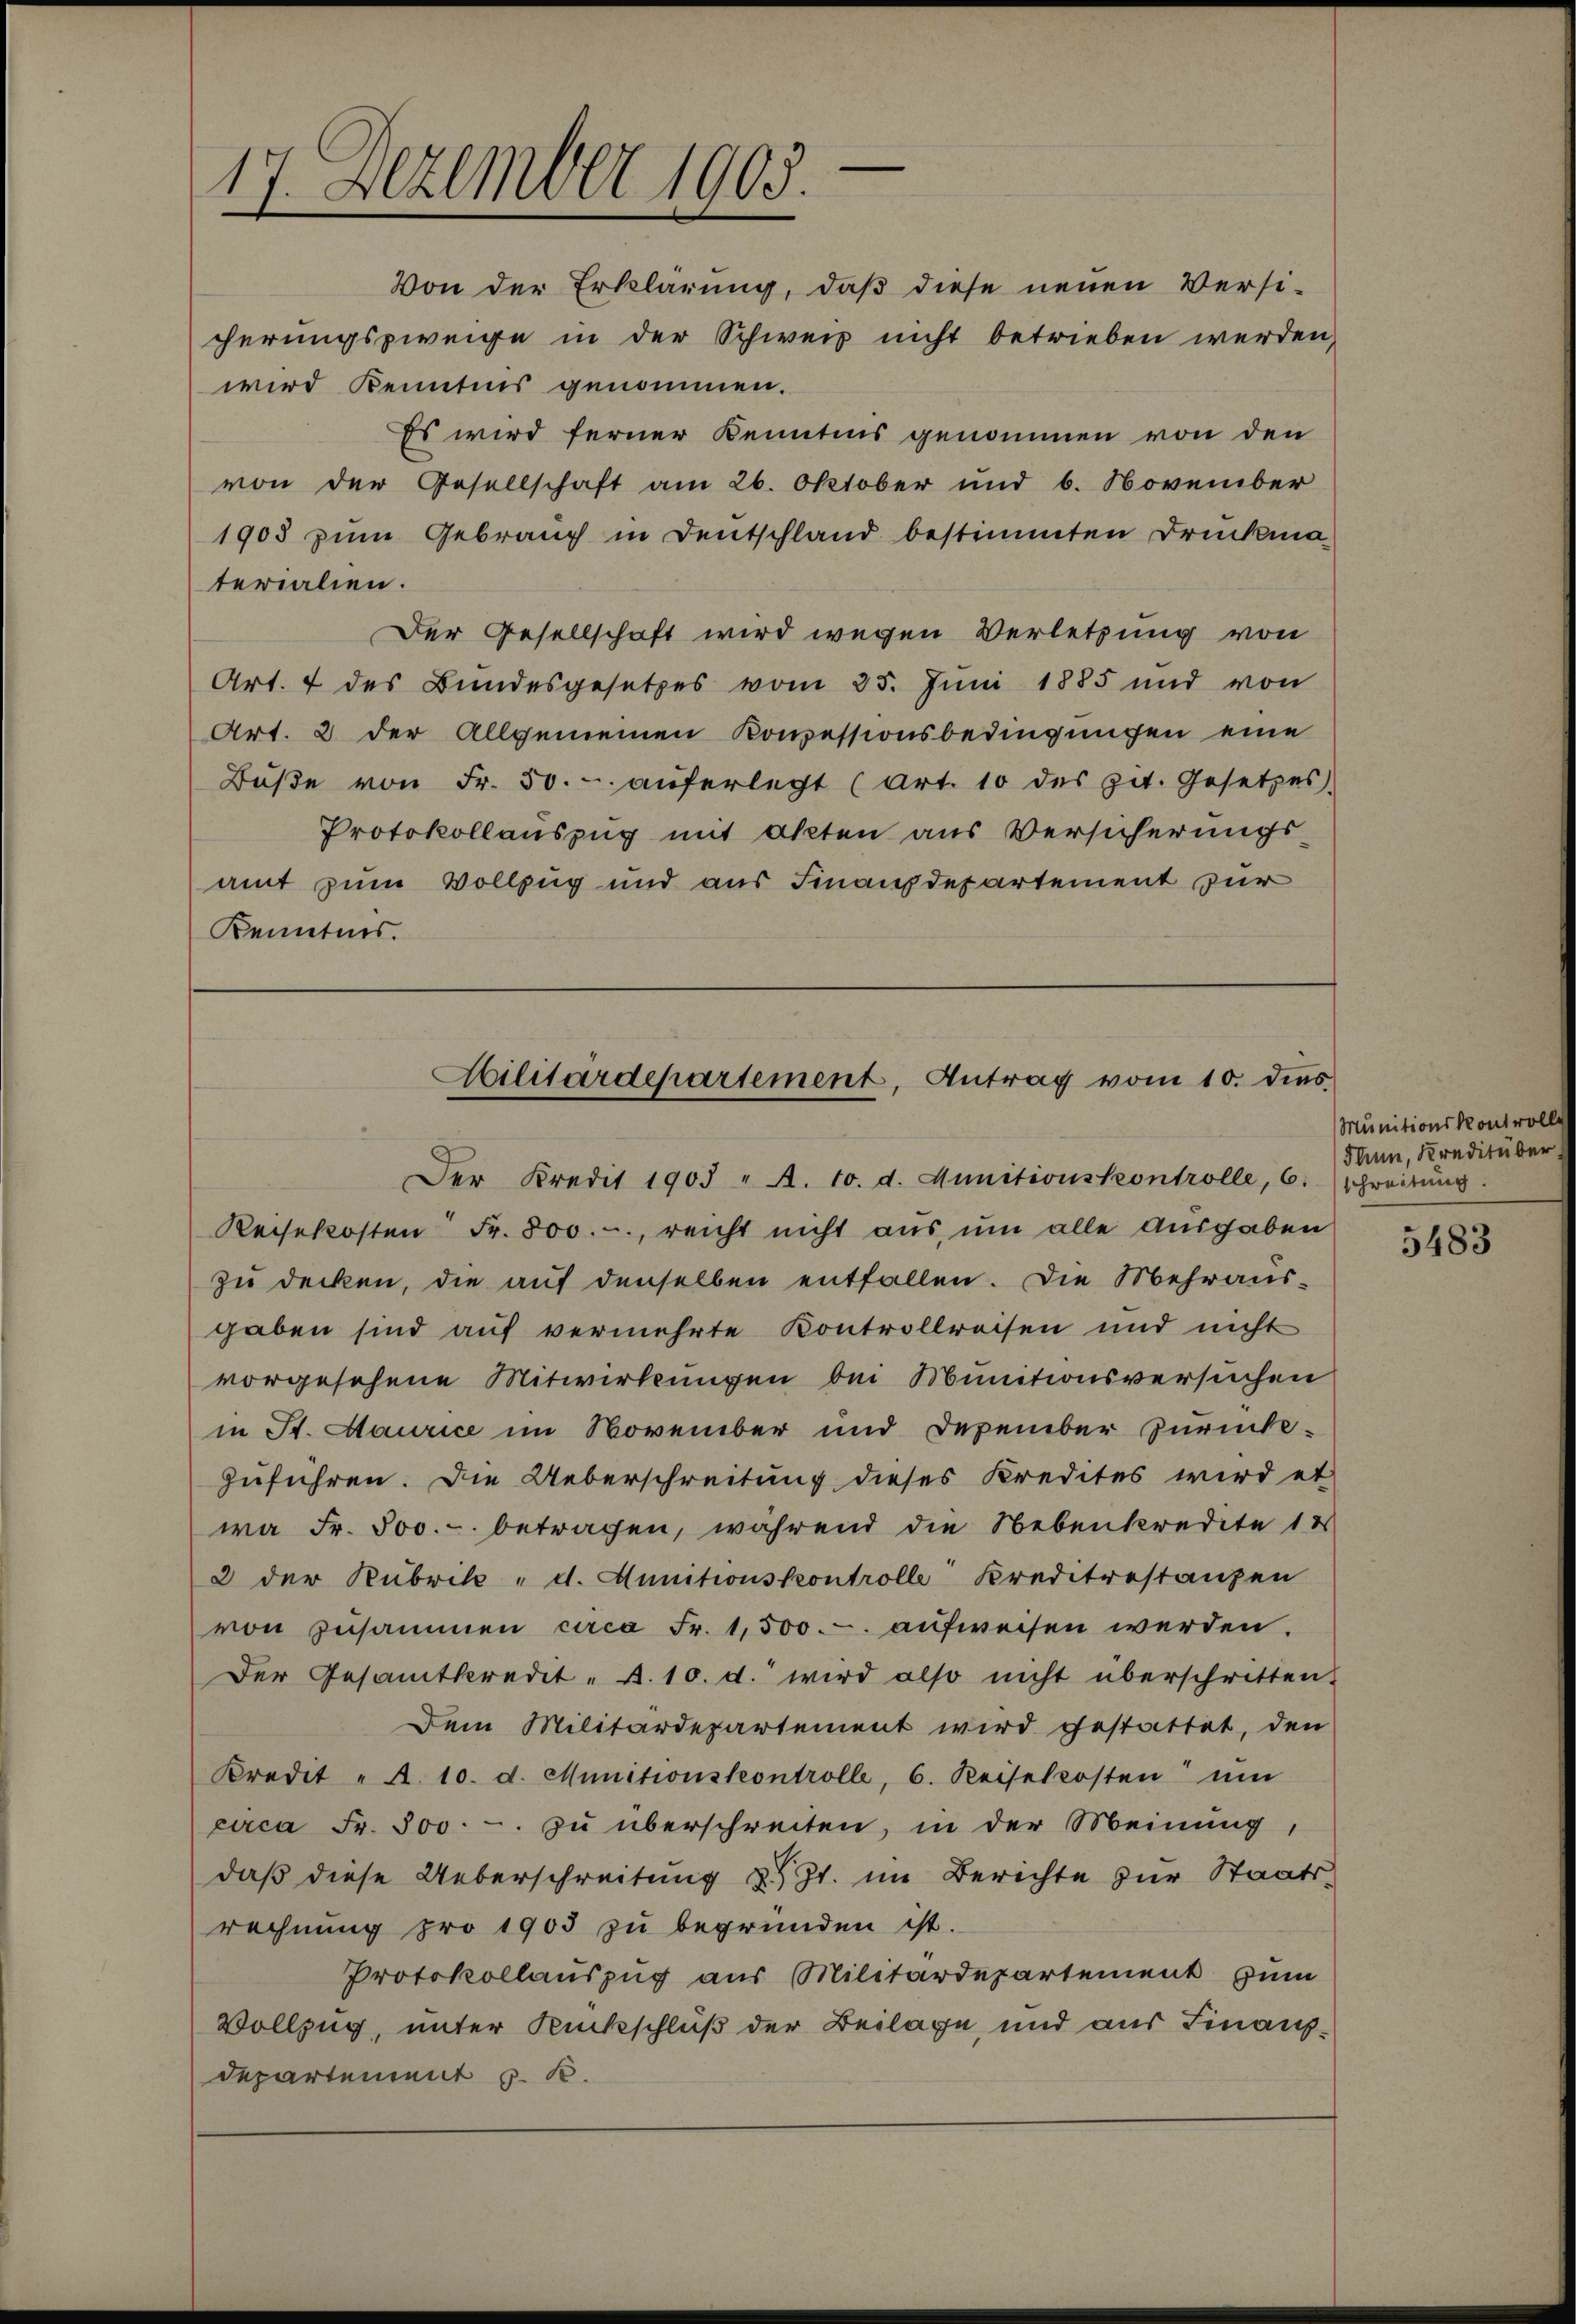
17. Dezember 1905.

Von der Erklärung, daβ diese neuen Versi-
cherungszweige in der Schweiz nicht betrieben werden,
wird Kenntnis genommen.
Es wird ferner Kenntnis genommen von den
von der Gesellschaft am 26. Oktober und 6. November
1903 zum Gebrauch in Deutschland bestimmten Druckma-
terialien.
Der Gesellschaft wird wegen Verletzung von
Art. 4 des Bundesgesetzes vom 25. Juni 1885 und von
Art. 2 der Allgemeinen Konzessionsbedingungen eine
Bŭβe von Fr. 50.- aŭferlegt (Art. 10 des zit. Gesetzes.
Protokollauszug mit akten aus Versicherungs-
amt zum Vollzug und aus Finanzdepartement zur
Kenntnis.

Militärdepartement, Antrag vom 10. dies

gaben sind aŭf vermehrte Kontrollreisen und nicht
vorgesehene Mitwirkungen bei Munitionsversuchen
in St. Maurice im November und Dezember zurück-
zuführen. Die Ueberschreitung dieses Kredites wird et
wa Fr. 500.- betragen, während die Nebenkredite 12
2 der Rubrik d. Munitionskontrolle Kreditrestanzen
von zusammen circa Fr. 1,500. aufweisen werden.
Der Gesamtkredit - A. 10. d. wird also nicht überschritten.
Dem Militärdepartement wird gestattet, den
Kredit " A. 10. d. Munitionskontrolle, 6. Reiselkosten ŭm
circa Fr. 300. - zu überschreiten, in der Meinung
daß diese Ueberschreitung z. Zt. im Berichte zur Staatsrechnung pro 1903 zu begründen ist.
Protokollauszug aus Militärdepartement zum
Vollzug, unter Rückschluß der Beilage, und aus Finanzdepartement z. B.

Der Kredit 1903 " A. 10. d. Munitionskontrolle, 6:
Reisekosten Fr. 800.-, reicht nicht aus, um alle Ausgaben
zŭ decken, die auf denselben entfallen. Die Mehraus¬

Munitionskontrol
dann, Kreditüber
schreitung.

5483